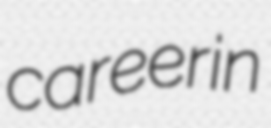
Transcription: career in